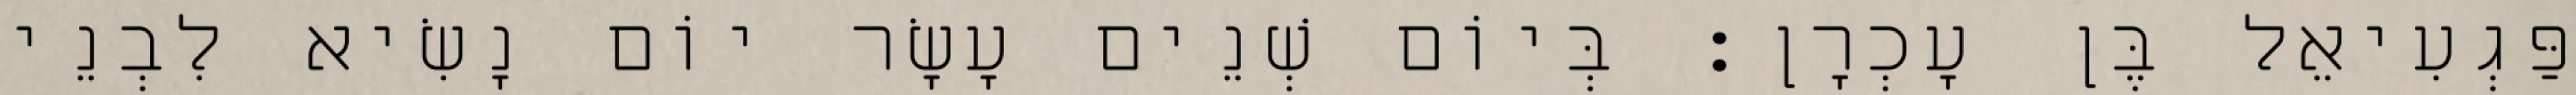
פַּגְעִיאֵל בֶּן עָכְרָן׃ בְּיוֹם שְׁנֵים עָשָׂר יוֹם נָשִׂיא לִבְנֵי